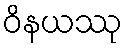
ဝိနယဿု